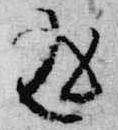
返